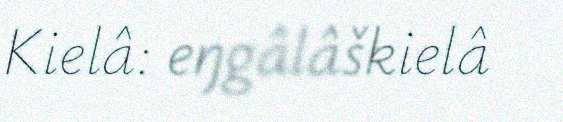
Kielâ: eŋgâlâškielâ